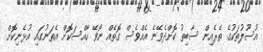
އުސޫލުތަކުގެ ތެރެއިން ސާބިތު ކޮށްދެވޭނެ އެއްވެސް ގޮތެއް ނޯވޭ ހާއްސަކޮށް އެތަނުގައި އުޅެނިކޮށް